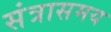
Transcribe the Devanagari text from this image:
संत्रासमय